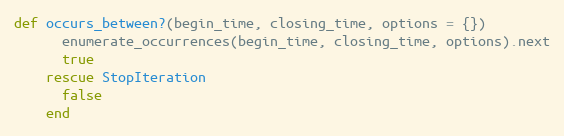
Language: Ruby
def occurs_between?(begin_time, closing_time, options = {})
      enumerate_occurrences(begin_time, closing_time, options).next
      true
    rescue StopIteration
      false
    end